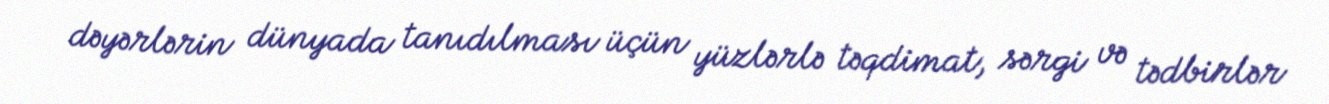
dəyərlərin dünyada tanıdılması üçün yüzlərlə təqdimat, sərgi və tədbirlər